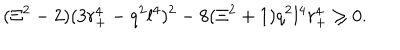
( \Xi ^ { 2 } - 2 ) ( 3 r _ { + } ^ { 4 } - q ^ { 2 } l ^ { 4 } ) ^ { 2 } - 8 ( \Xi ^ { 2 } + 1 ) q ^ { 2 } l ^ { 4 } r _ { + } ^ { 4 } \geq 0 .